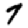
Digit: 7